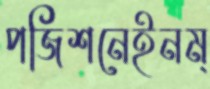
পজিশনেইনম্